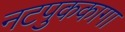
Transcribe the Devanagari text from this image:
नटपुककागा